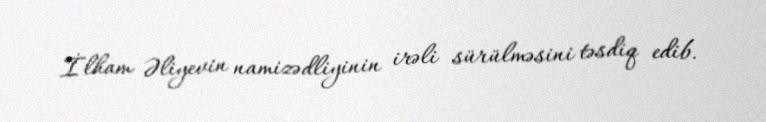
İlham Əliyevin namizədliyinin irəli sürülməsini təsdiq edib.